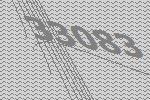
33083